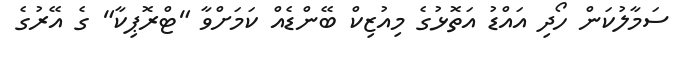
ސަމާލުކަން ހޯދި އައްޑު އަތޮޅުގެ މިއުޒިކް ބޭންޑެއް ކަމަށްވާ "ޓްރޮޕިކާ" ގެ އޭރުގެ